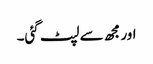
اور مجھ سے لپٹ گئی۔